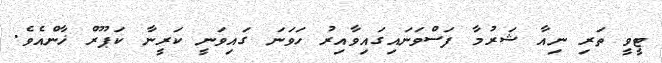
ޓީވީ ތަރި ނިއާ ޝަރުމާ ފަސްވަނައިގައިވާއިރު ހަވަނަ ގައިވަނީ ކަރީނާ ކަޕޫރް ޚާންއެވެ.